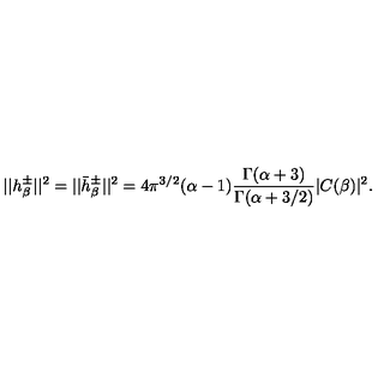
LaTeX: | | h _ { \beta } ^ { \pm } | | ^ { 2 } = | | \bar { h } _ { \beta } ^ { \pm } | | ^ { 2 } = 4 \pi ^ { 3 / 2 } ( \alpha - 1 ) { \frac { \Gamma ( \alpha + 3 ) } { \Gamma ( \alpha + 3 / 2 ) } } | C ( \beta ) | ^ { 2 } .